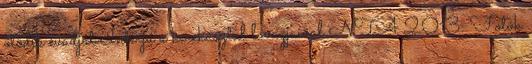
ötödik évadját Interjú a kerekasztal lovagjaival NTA 2013: Fotók